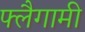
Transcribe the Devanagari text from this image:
फ्लैगामी